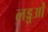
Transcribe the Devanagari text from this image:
लड्डूओं